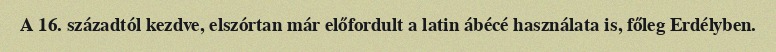
A 16. századtól kezdve, elszórtan már előfordult a latin ábécé használata is, főleg Erdélyben.